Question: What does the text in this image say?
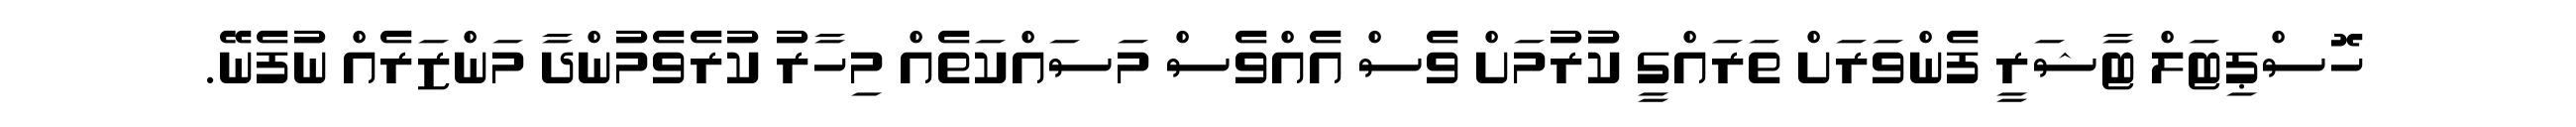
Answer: ހޮސްޕިޓަލް ޓާޝަރީ ފެންވަރަށް ތަރައްގީ ކުުރުމަށް ވެސް އެއްވެސް މަސައްކަތެއް މިހާރު ކުރެވެމުންދާ މަންޒަރެއް ނުފެނޭ.